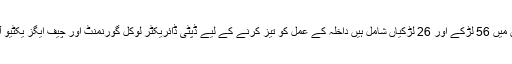
اجلاس کو بتایا گیا کہ اب تک کل 82 بچوں کا داخلہ ہو چکا ہے جن میں 56 لڑکے اور 26 لڑکیاں شامل ہیں داخلہ کے عمل کو تیز کرنے کے لیے ڈپٹی ڈائریکٹر لوکل گورنمنٹ اور چیف ایگز یکٹیو آفیسر ایجوکیشن کو دیہی علاقوں میں آگاہی مہم کا ٹاسک دیا گیا ہے۔